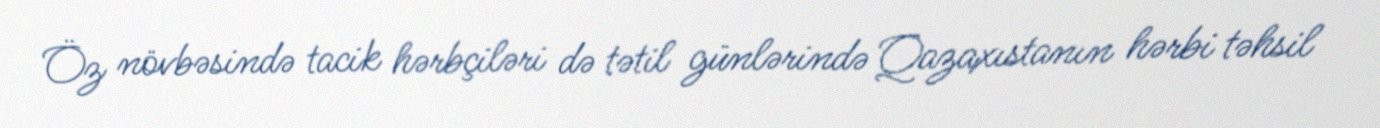
Öz növbəsində tacik hərbçiləri də tətil günlərində Qazaxıstanın hərbi təhsil